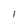
Character: l